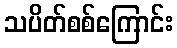
သပိတ်စစ်ကြောင်း